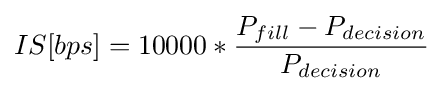
IS[bps]=10000*{\frac {P_{fill}-P_{decision}}{P_{decision}}}